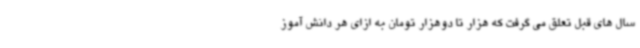
سال های قبل تعلق می گرفت که هزار تا دوهزار تومان به ازای هر دانش آموز